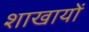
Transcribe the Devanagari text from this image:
शाखायों